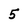
Character: 5